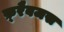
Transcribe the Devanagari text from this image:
फ़्रैबजस